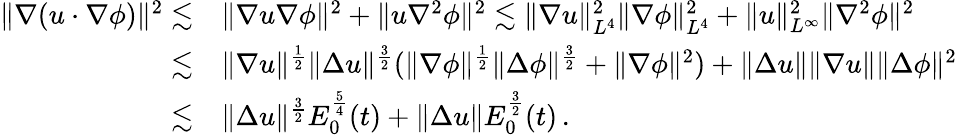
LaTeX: \begin{array}{rl}{\| \nabla(u\cdot\nabla\phi)\| ^{2}\lesssim}&{\| \nabla u\nabla\phi\| ^{2}+\| u\nabla^{2}\phi\| ^{2}\lesssim\| \nabla u\| _{L^{4}}^{2}\| \nabla\phi\| _{L^{4}}^{2}+\| u\| _{L^{\infty}}^{2}\| \nabla^{2}\phi\| ^{2}}\\ {\lesssim}&{\| \nabla u\| ^{\frac{1}{2}}\| \Delta u\| ^{\frac{3}{2}}(\| \nabla\phi\| ^{\frac{1}{2}}\| \Delta\phi\| ^{\frac{3}{2}}+\| \nabla\phi\| ^{2})+\| \Delta u\| \| \nabla u\| \| \Delta\phi\| ^{2}}\\ {\lesssim}&{\| \Delta u\| ^{\frac{3}{2}}E_{0}^{\frac{5}{4}}(t)+\| \Delta u\| E_{0}^{\frac{3}{2}}(t)\, .}\end{array}